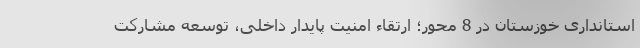
استانداری خوزستان در 8 محور؛ ارتقاء امنیت پایدار داخلی، توسعه مشارکت